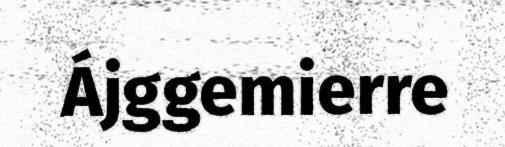
Ájggemierre